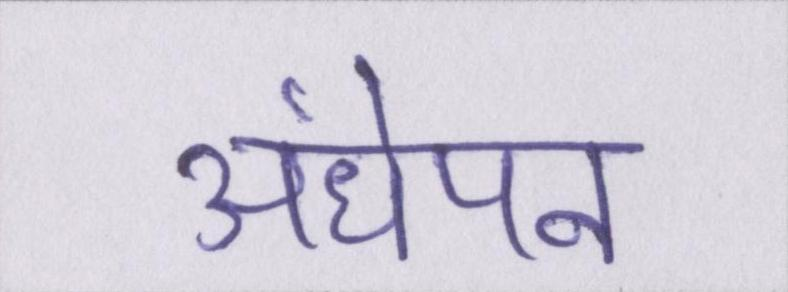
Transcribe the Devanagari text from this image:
अंधेपन